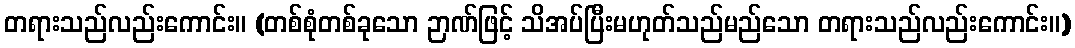
တရားသည်လည်းကောင်း။ (တစ်စုံတစ်ခုသော ဉာဏ်ဖြင့် သိအပ်ပြီးမဟုတ်သည်မည်သော တရားသည်လည်းကောင်း။)